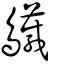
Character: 𪇅